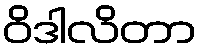
ဝိဒါလိတာ